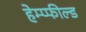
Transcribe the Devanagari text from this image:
हेम्प्फील्ड